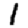
Digit: 1